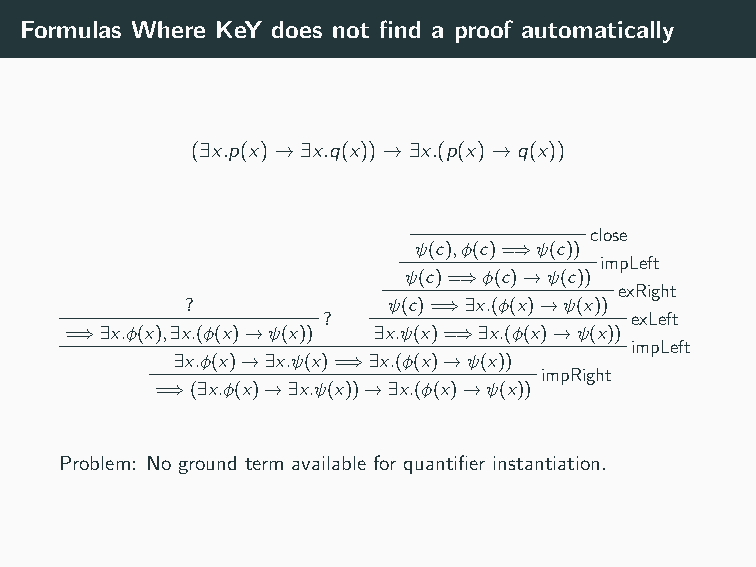
Formulas Where KeY does not find a proof automatically
 (∃x.p(x)→∃x.q(x))→∃x.(p(x)→q(x))
 close
 ψ(c),φ(c)=⇒ψ(c))
 impLeft
 ψ(c)=⇒φ(c)→ψ(c))
 exRight
 ?             ψ(c)=⇒∃x.(φ(x)→ψ(x))
 ?                    exLeft
 =⇒∃x.φ(x),∃x.(φ(x)→ψ(x)) ∃x.ψ(x)=⇒∃x.(φ(x)→ψ(x))
 impLeft
 ∃x.φ(x)→∃x.ψ(x)=⇒∃x.(φ(x)→ψ(x))
 impRight
 =⇒(∃x.φ(x)→∃x.ψ(x))→∃x.(φ(x)→ψ(x))
 Problem: No ground term available for quantifier instantiation.